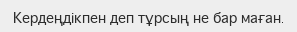
Кердеңдікпен деп тұрсың не бар маған.